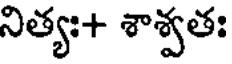
నిత్యః+ శాశ్వతః